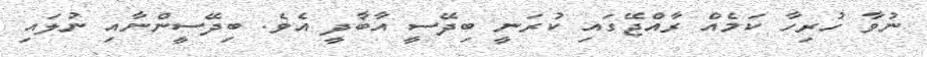
ނުވާ ހުރިހާ ކަމެއް ރާއްޖޭގައި ކުރަނީ ބިދޭސީ އާބާދީ އެވެ. ބިދޭސީންނާއި ނުލައި